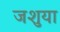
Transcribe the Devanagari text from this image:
जशुया